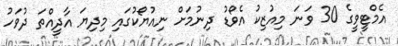
އެމްޓީވީގެ 30 ވަނަ މިއުޒިކު އެވޯޑު ދިނުމަށް ނިއުޔޯކުގައި މިދިޔަ އާދީއްތަ ދުވަހު